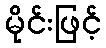
မိုင်းဖြင့်